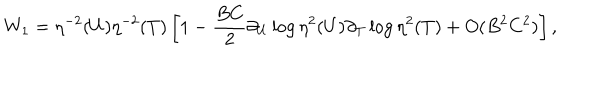
LaTeX: W _ { 1 } = \eta ^ { - 2 } ( U ) \eta ^ { - 2 } ( T ) \left[ 1 - \frac { B C } { 2 } \partial _ { U } \log \eta ^ { 2 } ( U ) \partial _ { T } \log \eta ^ { 2 } ( T ) + O ( B ^ { 2 } C ^ { 2 } ) \right] ,